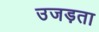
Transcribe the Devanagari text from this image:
उजड़ता